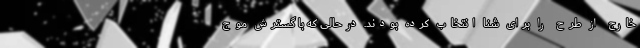
خارج از طرح را برای شنا انتخاب کرده بودند. درحالی که با گسترش موج